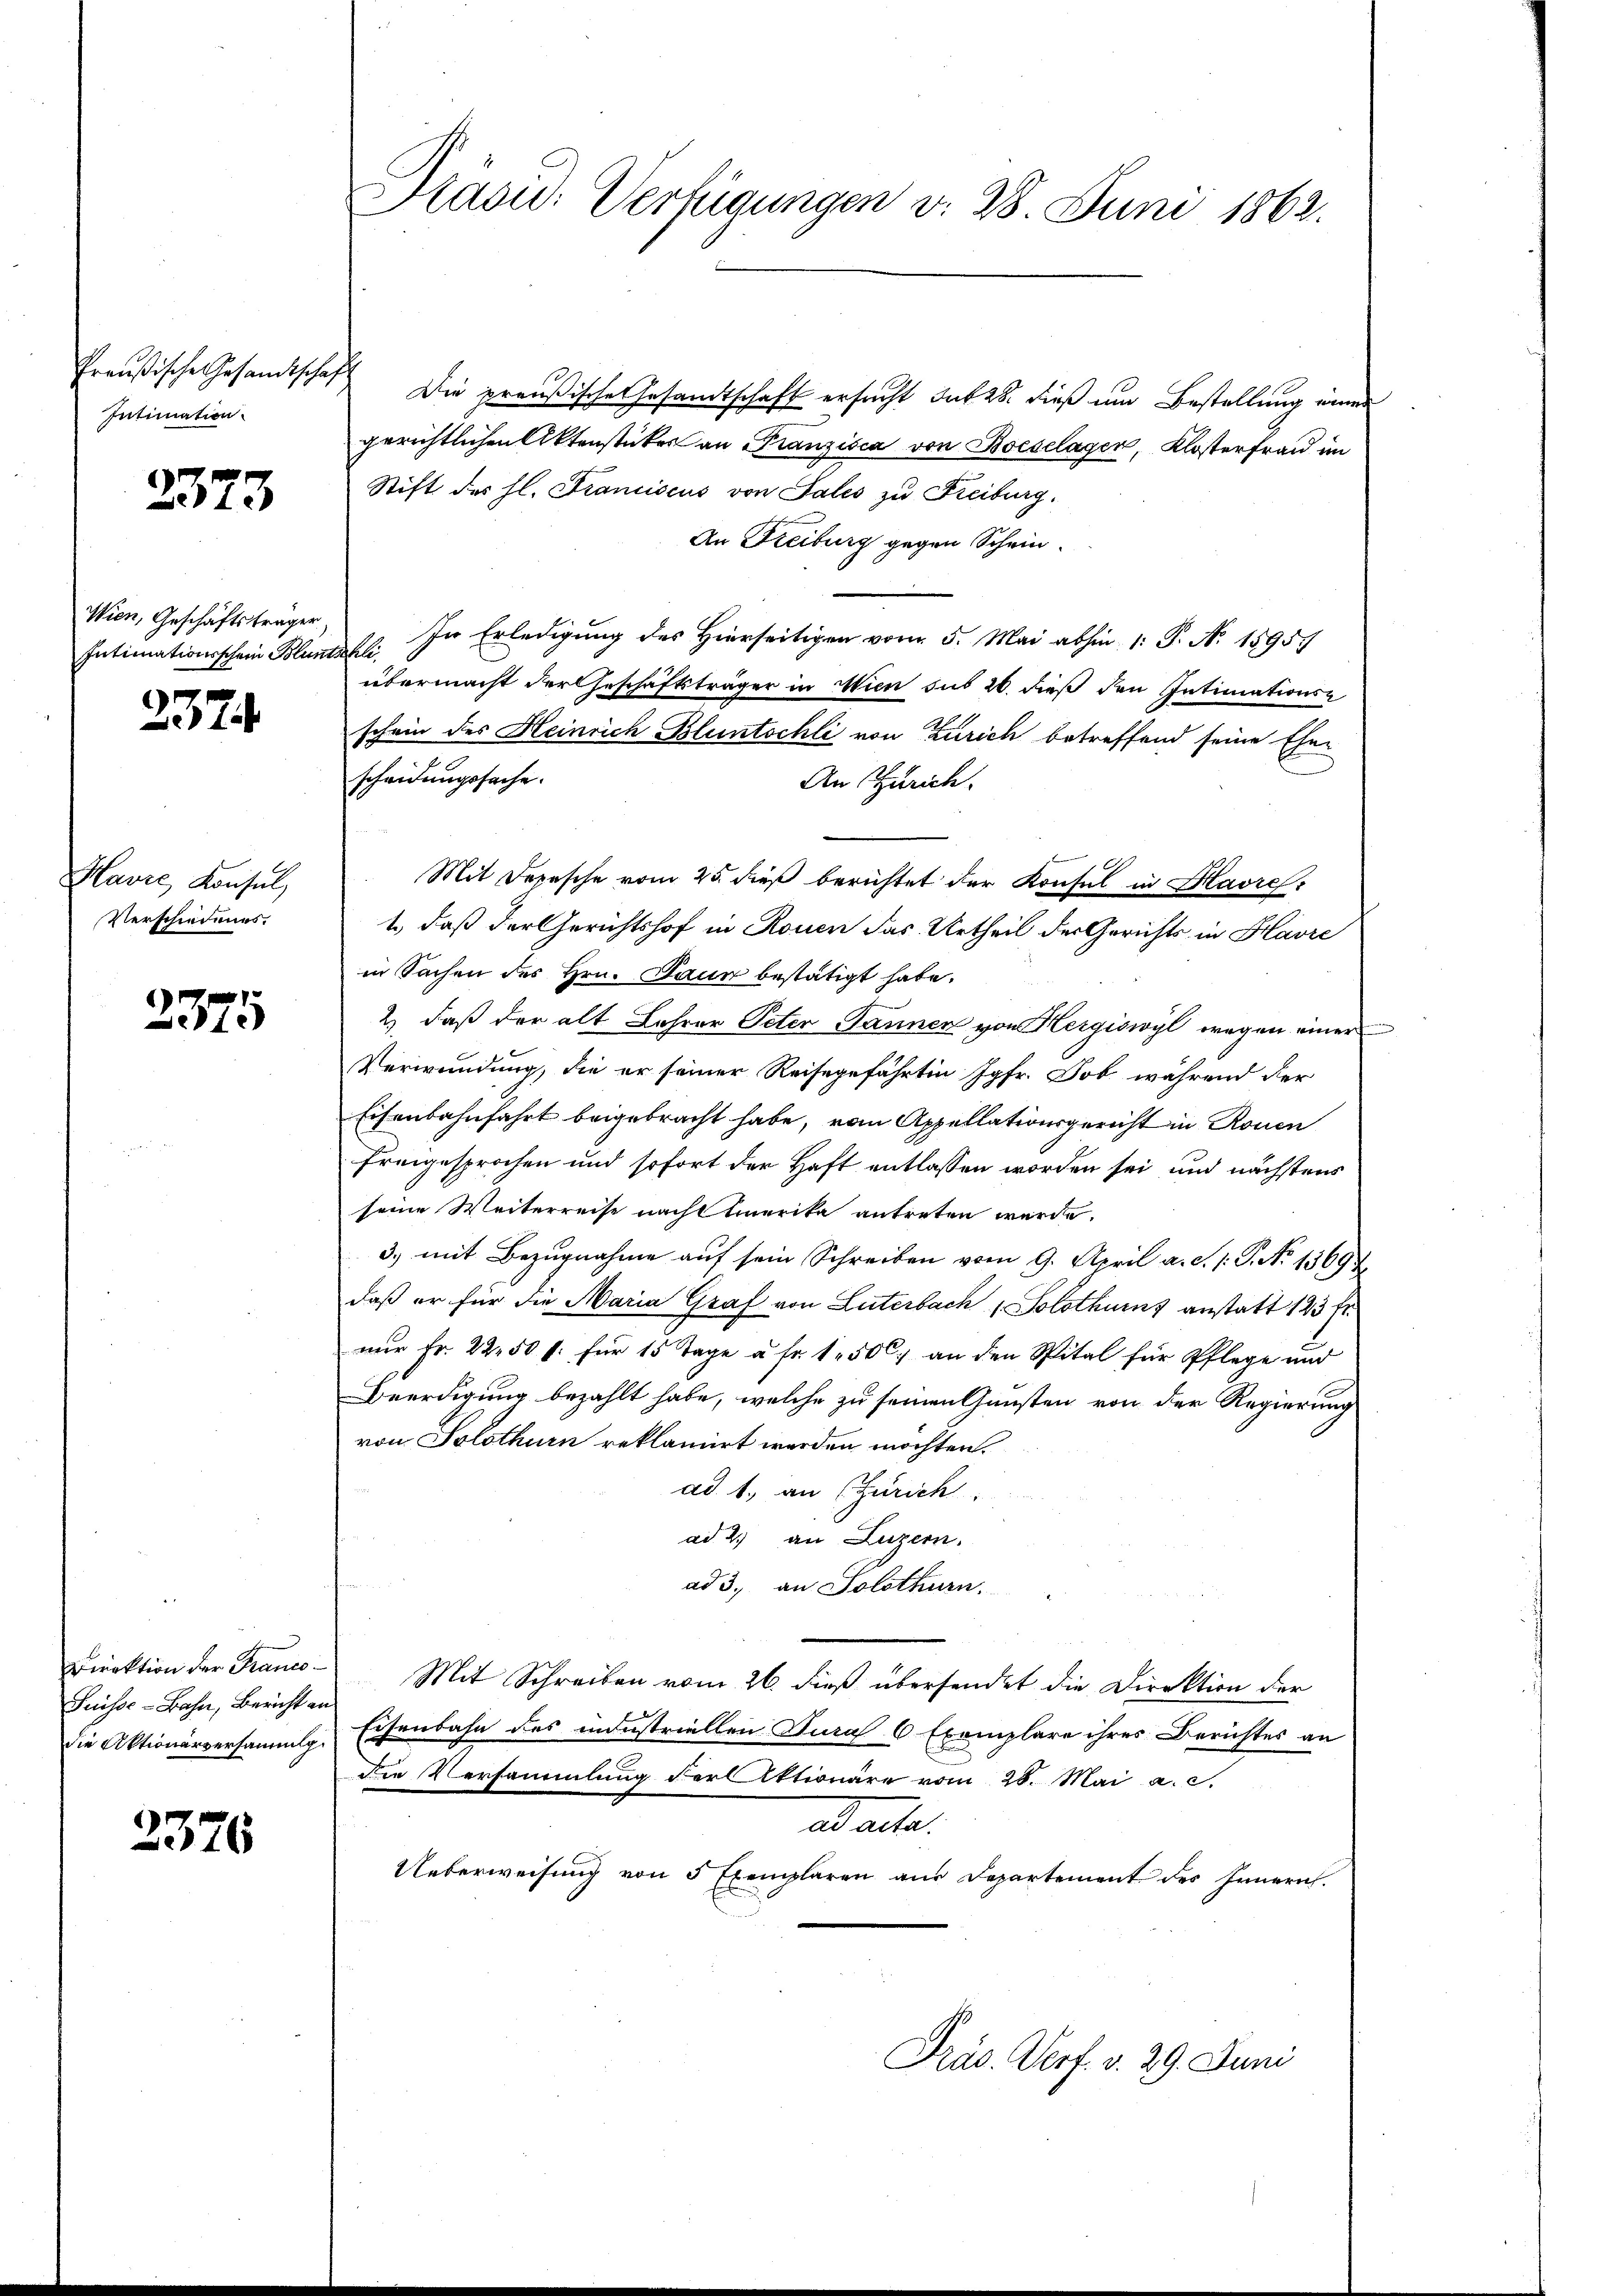
Preußische Gesandtschaf
Intimation.

2373

Wien, Geschäftsträger
Intimationsschein Blunt

2374

Havić, Konsul,
Verschiedenes.

2375

Direktion der Franco¬
Suisse - Bahn, Bericht an
die Aktionärversammlg

2376

Kasid: Verfügungen v. 28 Juni 1862.

Die preußische Gesandtschaft ersucht sub 28. dieß um Bestellung einer
gerichtlichen Aktenstücker an Franzisca von Bocselagen, Klosterfrau im
Stift des hl. Franciscus von Tales zu Freiburg,
An Freiburg gegen Schein
In Erledigung des Hierseitigen vom 5. Mai abhin 1: P. N. 15957
All
übermacht der Geschäftsträger in Wien sub 20. dieß den Intimations-
schein des Heinrich Bluntschli von Zürich betreffend seine Ehen
scheidungssache.
An Zürich.
Mit Depesche vom 25. dieß berichtet der Konsul in Havres,
1., daß der Gerichtshof in Rouen das Urtheil der Gerichts in Slavre
in Sachen des Hrn. Jaun bestätigt habe.
2) daß der alt Lehrer Peter Janner von Hergiswyl wegen einer
Verwundung, die er seiner Reisegefährtin Jgfr. Job während der
Eisenbahnfahrt beigebracht habe, vom Appellationsgericht in Rouen
Freigesprochen und sofort der Haft entlassen worden sei und nächstens
seine Weiterreise nach Emerika antreten wurde.
3. mit Bezugnahme auf sein Schreiben vom 9. April a. d. 1. P. No 13694.
daß er für die Maria Graf von Luterbach Solothums anstatt 123 fr.
nur Fr. 22. 50 l. für 15 Tage a fr. 1 500. an den Spital für Pflege und
Beerdigung bezahlt habe, welche zu seinen Gunsten von der Regierung
von Solothurn reklamirt werden möchten.
ad. 1. an (Zürich
ad 2. an Luzern.
ad 3., an Solothurn.
Mit Schreiben vom 26. dieß übersendet die Direktion der
Eisenbahn des industriellen Jura 6 Exemplare ihres Berichtes an
die Versammlung der Aktionäre vom 28. Mai a. c.
Warte
Ueberweisung von 5 Exemplaren aus Departement des Innern.
Präs. Verf. v. 29. Juni